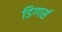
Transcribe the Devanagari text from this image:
डिग्गर्स